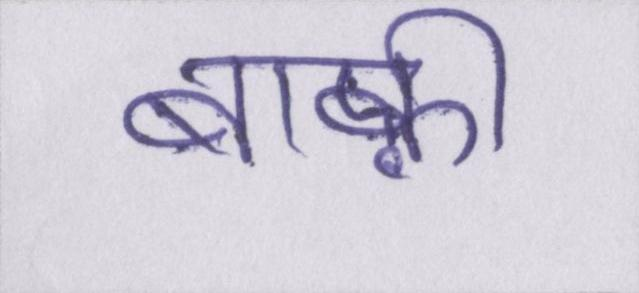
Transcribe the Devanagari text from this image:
बाक़ी